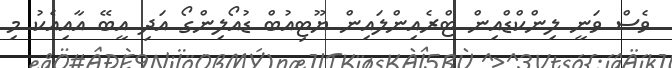
ވެސް ވަނީ ލިންކްޑްއިން ޓްރެއިންލައިން ޔޫޓިއުބް ޑުއޯލިންގޯ އަދި އީބޭ އާއިއެކު މި